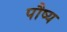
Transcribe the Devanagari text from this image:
पौष्य